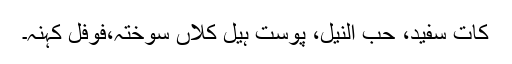
کات سفید، حب النیل، پوست ہیل کلاں سوختہ،فوفل کہنہ۔